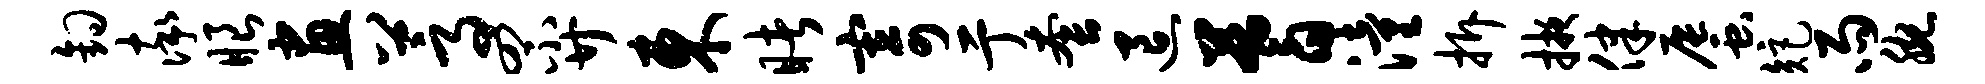
钩率眼画蒿罘廿东睹寄亍套退蓍潼拆掖律蜃矩雨腕